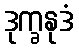
ဒုက္ခနုဒံ